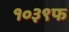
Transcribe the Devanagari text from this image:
१०३९फ